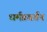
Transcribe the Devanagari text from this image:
धर्मप्रवर्तन